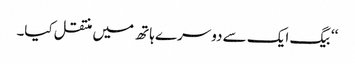
‘‘ بیگ ایک سے دوسرے ہاتھ میں منتقل کیا۔